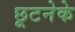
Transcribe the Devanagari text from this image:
छूटनेके